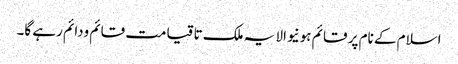
اسلام کے نام پر قائم ہونیوالا یہ ملک تا قیامت قائم ودائم رہے گا۔